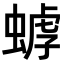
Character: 𧎍